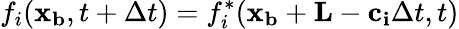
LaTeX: f_{i}(\mathbf{x_{b}},t+\Delta t)=f_{i}^{*}(\mathbf{x_{b}}+\mathbf{L}-\mathbf{c_{i}}\Delta t,t)